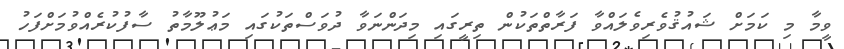
ވީމާ މި ކަމަށް ޝައުޤުވެރިވެލައްވާ ފަރާތްތަކުން ތިރީގައި މިދަންނަވާ ދުވަސްތަކުގައި މަޢުލޫމާތު ސާފުކުރެއްވުމަށްފަހު